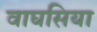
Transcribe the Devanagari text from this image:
वाघसिया